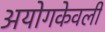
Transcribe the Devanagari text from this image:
अयोगकेवली